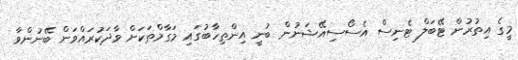
މީގެ އިތުރުން ޓޭބަލް ޓެނިސް އެސޯސިއޭޝަނުން ބުނީ އިންތިހާބުގައި މަގާމްތަކަށް ވާދަކުރައްވަން ބޭނުންވާ